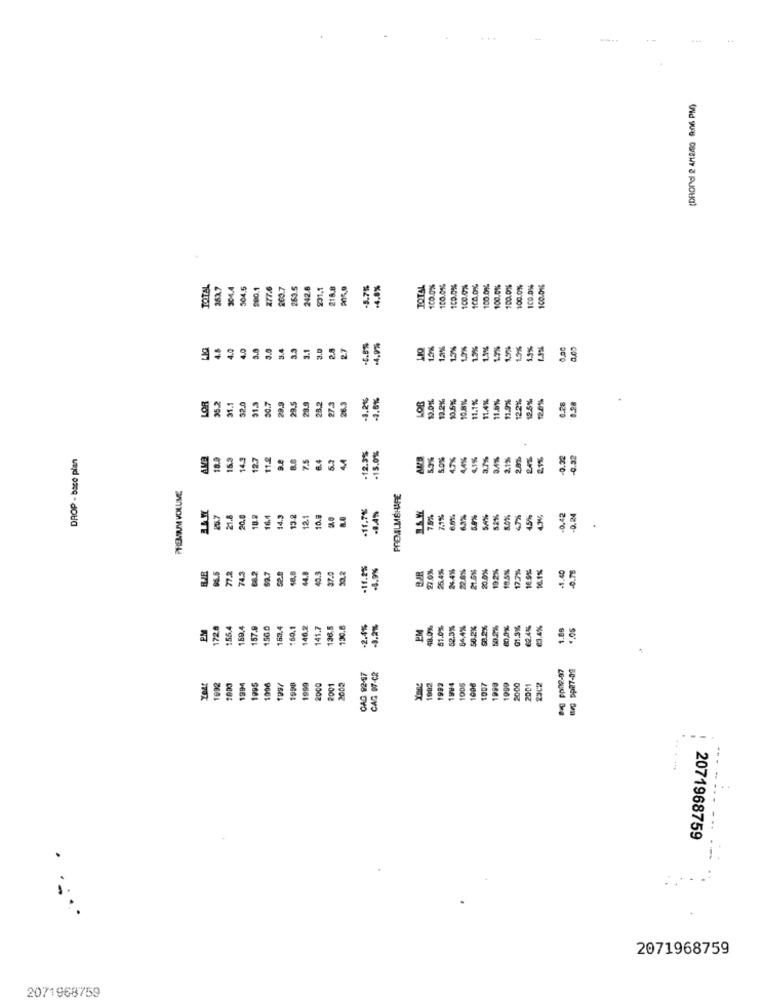
...
++
(DROPel 2 4/12/80 9:06 PM)
TOTAL
304.4
304.6
200.1
200.7
263.5
242.8
218.8
3.7%
4.8%
TOTAL
100.0%
100.01%
100.0%%
100.0%
100.0%
100.0%%
100.0%
100.0%
100.0%
100.0%
100.016
4.0
4.0
3.4
33
3.1
3.0
2.8
2.7
-4.8%
4,9%
1.5%
1,2%
1.3%
1,3%
1.3%
1.1%%
1.2%
4,5%
1.9%
19%
1%
0,00
LOR
31,1
32.0
3,2%
-2,6%
LOB
12.0%
13.2%
10.5%
10.8%
11.1%
11.4%
11.8%
11.9%
12.6%
31.3
30.7
29,9
29.5
28.9
28.2
27.3
26.3
12.2%
0.28
028
-15.0%%
DROP - base plan
AMB
18.9
15.3
14.3
12.7
118
9.8
8.8
7.5
6.4
5.2
.12.3%
5.3%
3.7%
2.1%
21%
0.32
0.52
PREMIUM VOLUME
-11.7%
25.7
21.8
20,0
10.2
16.4
14.3
13.2
12.1
10.8
7.1%
6.5%
52%%
8.0%%
45%
-0.42
-0.24
05.5
772
74.3
68.2
52.7
48,8
40.3
37.0
-11.2%
4.9%
27.0%%
24.4%
20.0%%
192%%
18.5%%
16.5%%
-1.40
-0.78
52.0
22.6%
17.7%
172.8
155.4
69,4
57.9
56.0
153.4
:60,1
46.2
141.7
136.5
130.8
-2.4%
-3.2%
48.0%.
51.0%
52.3%
54,4%%
50.2%
58.2%
01.3%
2.4%
3.4%
1.85
4.05
OAG 92-97
8-g pp02-97
og ppa7-02
CAG 97-C2
1902
1992
1914
1095
1998
1997
1998
1900
2000
2001
2005
1992
194
1005
1006
1007
1990
1999
2000
2001
23CZ
-- ---
2071968759
2071968759
2071968759